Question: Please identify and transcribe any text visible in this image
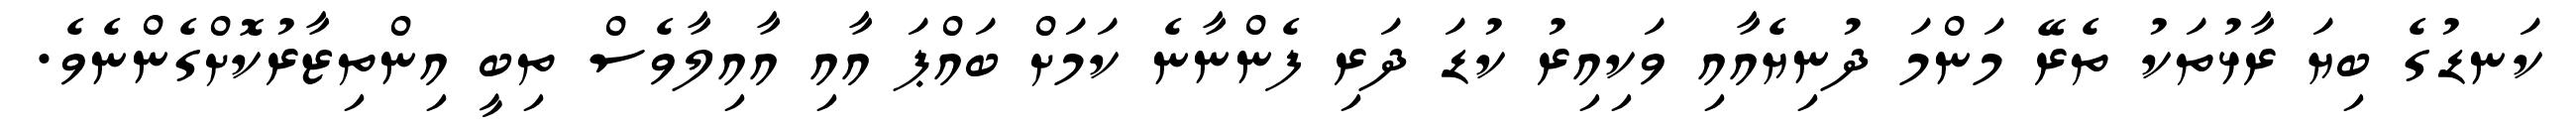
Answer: ކަނޑުގެ ބިޔަ ރާޅުތަކު ތެރޭ މަންމަ ދުނިޔެއާއި ވަކިއިރު ކުޑަ ދަރި ފެންނާނެ ކަމަށް ބައްޕަ އާއި އާއިލާވެސް ތިބީ އިންތިޒާރުކޮށްގެންނެވެ.